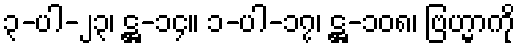
၃-ပါ-၂၃၊ ဋ္ဌ-၁၄။ ၁-ပါ-၁၇၊ ဋ္ဌ-၁၀၈၊ ဗြဟ္မာကို